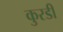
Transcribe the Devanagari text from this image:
कुरडी